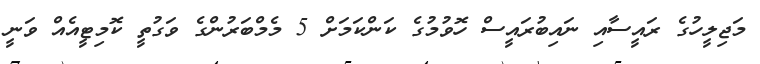
މަޖިލީހުގެ ރައީސާއި ނައިބުރައީސް ހޮވުމުގެ ކަންކަމަށް 5 މެމްބަރުންގެ ވަގުތީ ކޮމިޓީއެއް ވަނީ